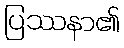
ပြဿနာ၏